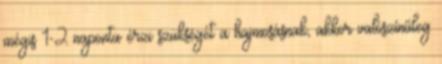
mégis 1-2 naponta érzi szükségét a hajmosásnak, akkor valószínűleg